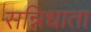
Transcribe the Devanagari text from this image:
सन्निधाता